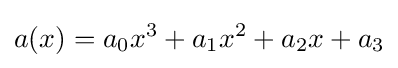
a(x)=a_{0}x^{3}+a_{1}x^{2}+a_{2}x+a_{3}